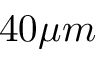
4 0 \mu m